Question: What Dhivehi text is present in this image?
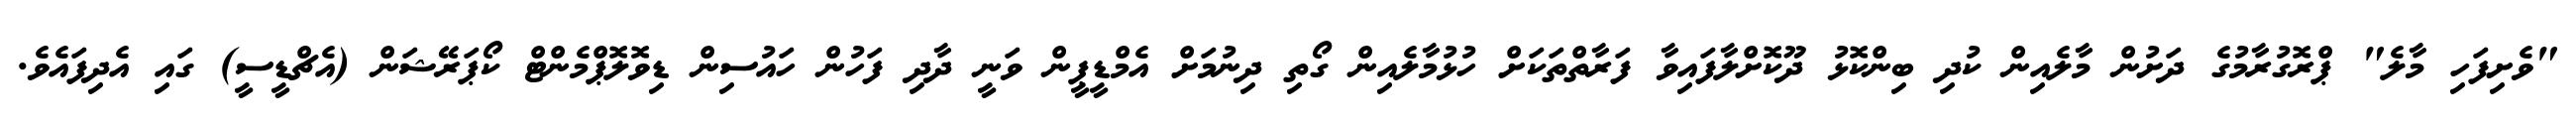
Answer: "ވެށިފަހި މާލެ" ޕްރޮގުރާމުގެ ދަށުން މާލެއިން ކުދި ބިންކޮޅު ދޫކޮށްލާފައިވާ ފަރާތްތަކަށް ހުޅުމާލެއިން ގޯތި ދިނުމަށް އެމްޑީޕީން ވަނީ ދާދި ފަހުން ހައުސިން ޑިވޮލޮޕްމެންޓް ކޯޕަރޭޝަން (އެޗްޑީސީ) ގައި އެދިފައެވެ.